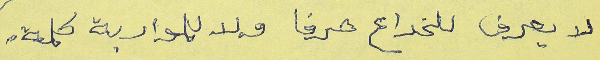
لا يعرف للخداع هدفا ولا للمواربة كلمة.